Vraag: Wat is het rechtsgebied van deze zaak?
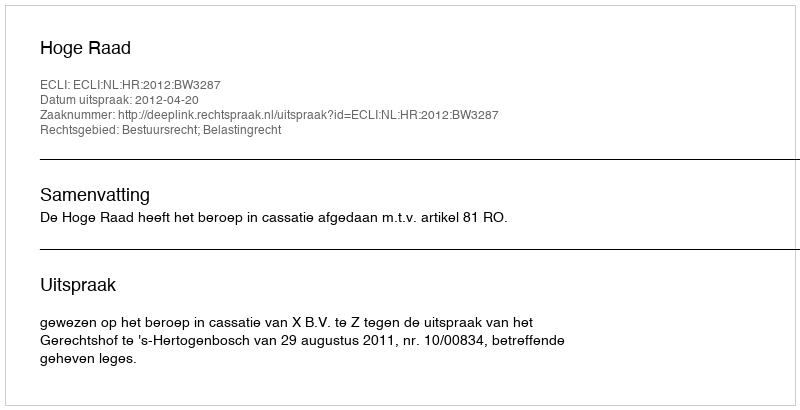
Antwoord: Bestuursrecht; Belastingrecht